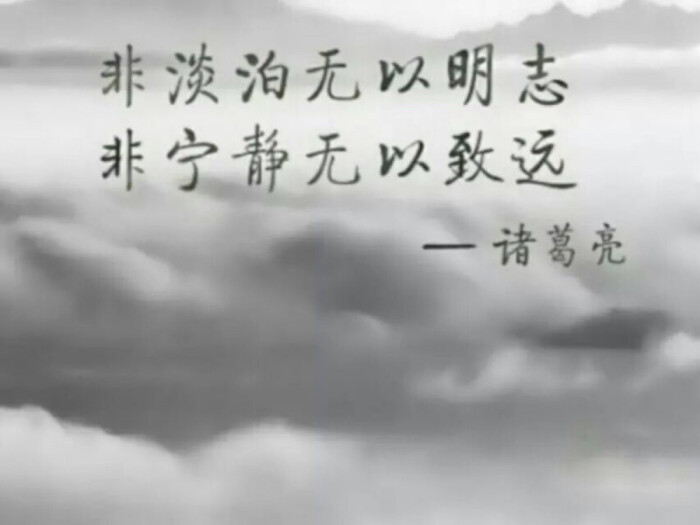
非淡泊无以明志，非宁静无以致远。